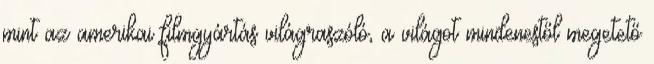
mint az amerikai filmgyártás világraszóló, a világot mindenestől megetető